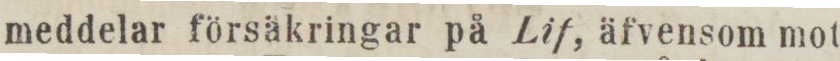
meddelar försäkringar på Lif, äfvensom mot